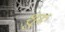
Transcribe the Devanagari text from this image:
शु्रू